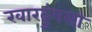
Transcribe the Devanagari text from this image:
खारदुंगला